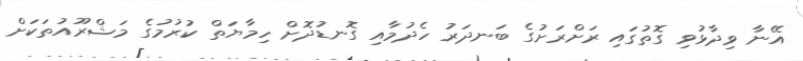
އޭނާ ވިދާޅުވި ގޮތުގައި ރަށްރަށުގެ ބަނދަރު ހެދުމާއި ގޮނޑުދޮށް ހިމާޔަތް ކުރުމުގެ މަޝްރޫއުތަކަށް